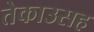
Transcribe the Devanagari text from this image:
तेकाउसह